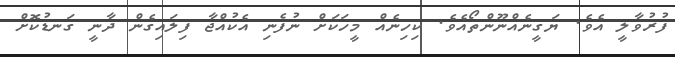
ފުރުވާލީ އެވެ. ޔަގީނެއްނޫންތޯއެވެ. ކިހިނެއް މީހަކަށް ނުފެނި އެކުއްޖާ ފިލައިގެން ދާނީ ގަނޑުކޮށް